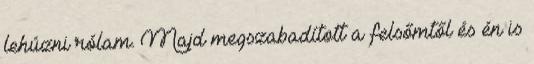
lehúzni rólam. Majd megszabadított a felsőmtől és én is